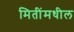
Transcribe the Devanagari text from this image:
मितींमधील